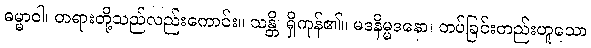
ဓမ္မာဝါ၊ တရားတို့သည်လည်းကောင်း။ သန္တိ၊ ရှိကုန်၏။ မဒနိမ္မဒနော၊ တပ်ခြင်းတည်းဟူသော